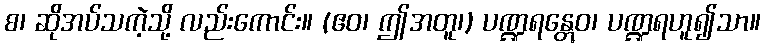
စ၊ ဆိုအပ်သကဲ့သို့ လည်းကောင်း။ (ဧဝ၊ ဤအတူ၊) ပဏ္ဍရန္တွေဝ၊ ပဏ္ဍရဟူ၍သာ။